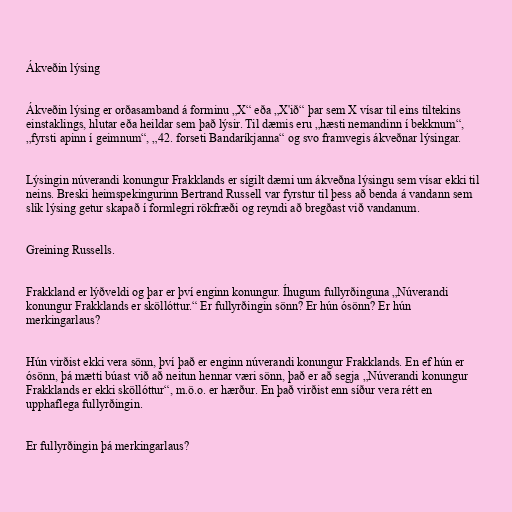
Ákveðin lýsing

Ákveðin lýsing er orðasamband á forminu „X“ eða „X'ið“ þar sem X vísar til eins tiltekins
einstaklings, hlutar eða heildar sem það lýsir. Til dæmis eru „hæsti nemandinn í bekknum“,
„fyrsti apinn í geimnum“, „42. forseti Bandaríkjanna“ og svo framvegis ákveðnar lýsingar.

Lýsingin núverandi konungur Frakklands er sígilt dæmi um ákveðna lýsingu sem vísar ekki til
neins. Breski heimspekingurinn Bertrand Russell var fyrstur til þess að benda á vandann sem
slík lýsing getur skapað í formlegri rökfræði og reyndi að bregðast við vandanum.

Greining Russells.

Frakkland er lýðveldi og þar er því enginn konungur. Íhugum fullyrðinguna „Núverandi
konungur Frakklands er sköllóttur.“ Er fullyrðingin sönn? Er hún ósönn? Er hún
merkingarlaus?

Hún virðist ekki vera sönn, því það er enginn núverandi konungur Frakklands. En ef hún er
ósönn, þá mætti búast við að neitun hennar væri sönn, það er að segja „Núverandi konungur
Frakklands er ekki sköllóttur“, m.ö.o. er hærður. En það virðist enn síður vera rétt en
upphaflega fullyrðingin.

Er fullyrðingin þá merkingarlaus?